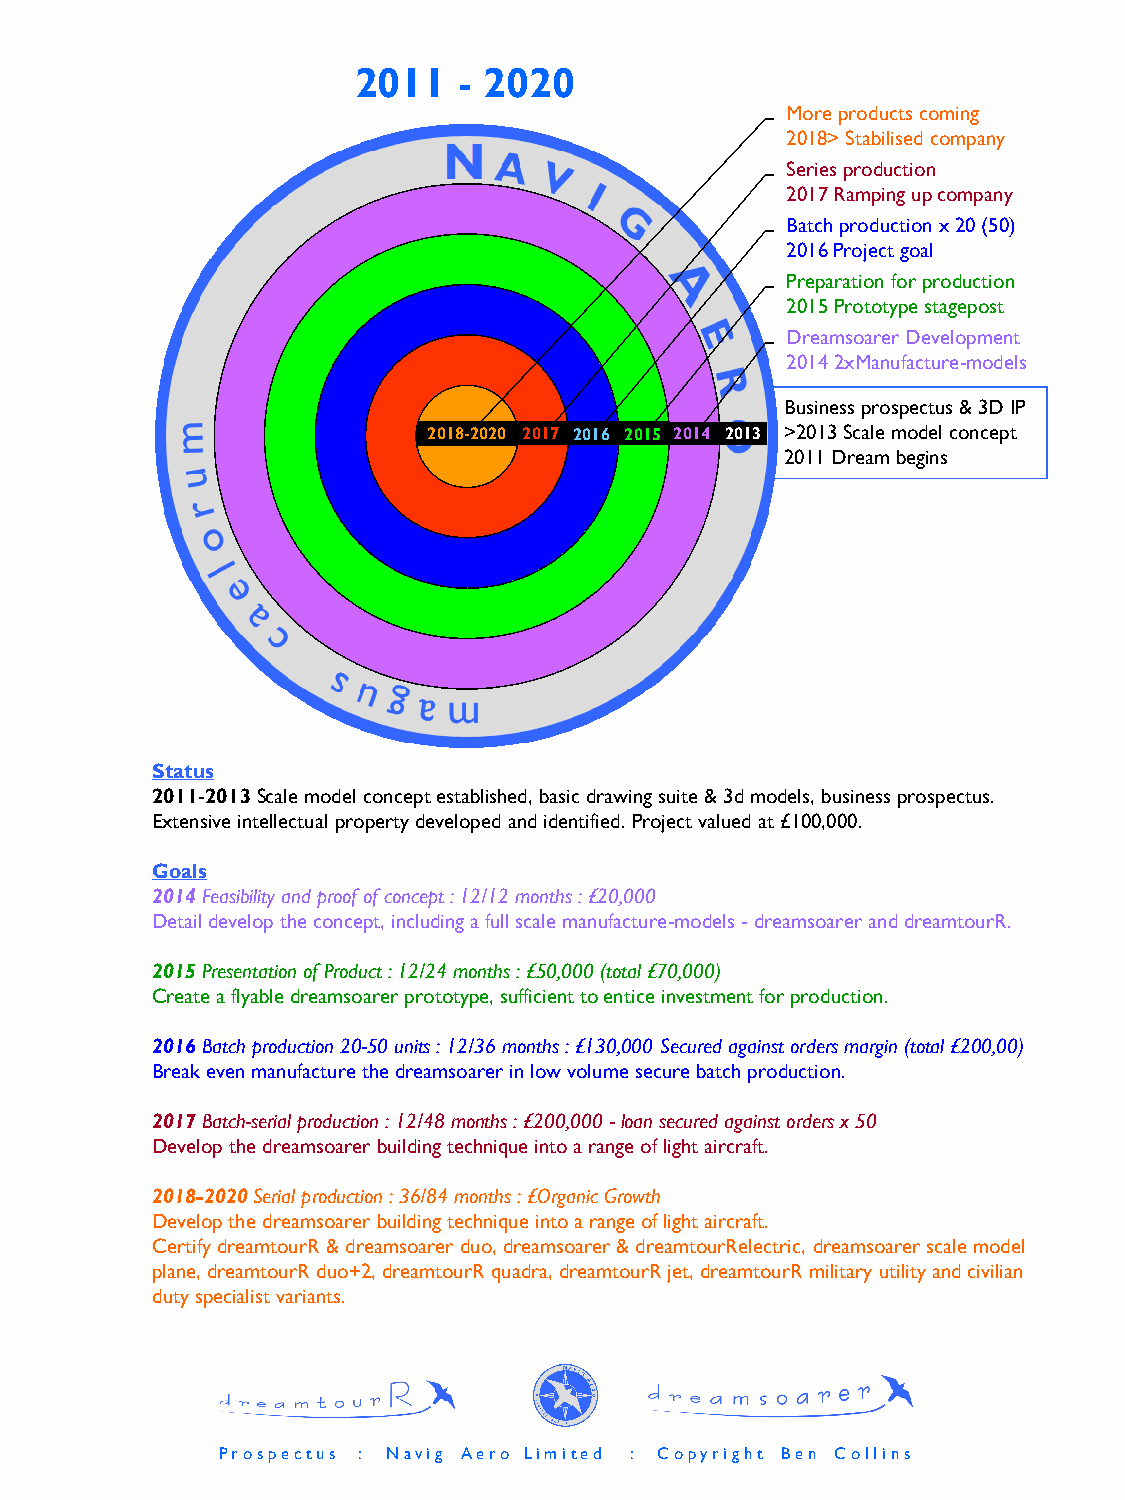
2011   - 2020
 More products coming
 2018> Stabilised company
 Series production
 2017 Ramping up company
 Batch production x 20 (50)
 2016 Project goal
 Preparation for production
 2015 Prototype stagepost
 Dreamsoarer Development
 2014 2xManufacture-models
 Business prospectus & 3D IP
 2018-2020 2017 2016 2015 2014 2013 >2013 Scale model concept
 2011 Dream begins
 Status
 2011-2013Scale model concept established, basic drawing suite & 3d models, business prospectus.
 Extensive intellectual property developed and identified. Project valued at £100,000.
 Goals
 2014Feasibility and proof of concept : 12/12 months : £20,000
 Detail develop the concept, including a full scale manufacture-models -dreamsoarer and dreamtourR.
 2015Presentation of Product : 12/24 months : £50,000 (total £70,000)
 Create a flyable dreamsoarer prototype, sufficient to entice investment for production.
 2016Batch production 20-50 units : 12/36 months : £130,000 Secured against orders margin (total £200,00)
 Break even manufacture the dreamsoarer in low volume secure batch production.
 2017Batch-serial production : 12/48 months : £200,000 -loan secured against orders x 50
 Develop the dreamsoarer building technique into a range of light aircraft.
 2018-2020Serial production : 36/84 months : £Organic Growth
 Develop the dreamsoarer building technique into a range of light aircraft.
 Certify dreamtourR & dreamsoarer duo, dreamsoarer & dreamtourRelectric, dreamsoarer scale model
 plane, dreamtourR duo+2, dreamtourR quadra, dreamtourR jet, dreamtourR military utility and civilian
 duty specialist variants.
 P r o s p e c t u s : N a v i g A e r o L i m i t e d : C o p y r i g h t B e n C o l l i n s